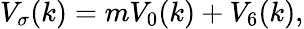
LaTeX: V_{\sigma}(k)=mV_{0}(k)+V_{6}(k),